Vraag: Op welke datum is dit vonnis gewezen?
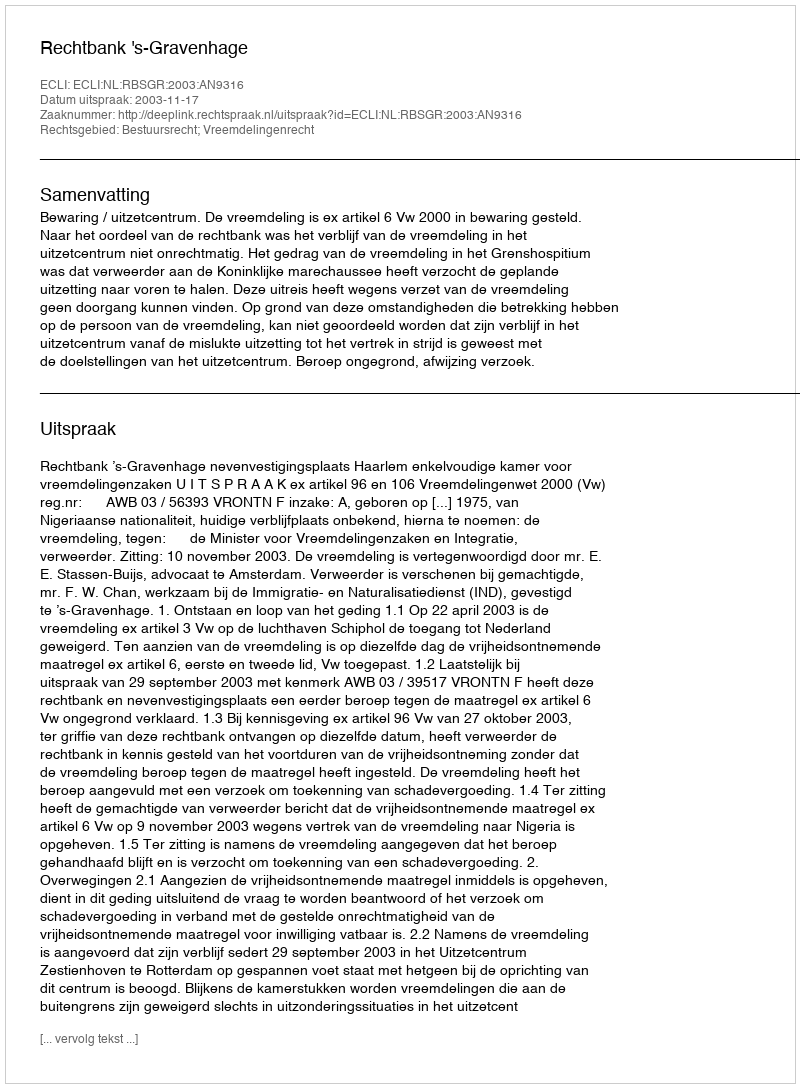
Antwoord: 2003-11-17